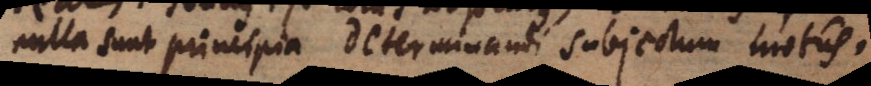
nulla sunt principia determinandi subjectum motus.